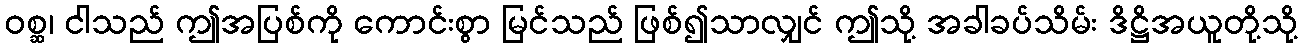
ဝစ္ဆ၊ ငါသည် ဤအပြစ်ကို ကောင်းစွာ မြင်သည် ဖြစ်၍သာလျှင် ဤသို့ အခါခပ်သိမ်း ဒိဋ္ဌိအယူတို့သို့